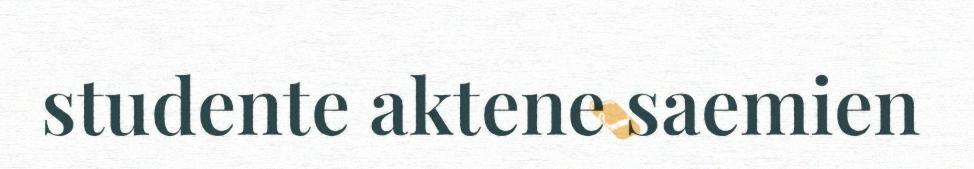
studente aktene saemien